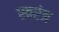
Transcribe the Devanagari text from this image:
स्वरंत्र